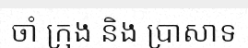
ចាំ ក្រុង និង ប្រាសាទ